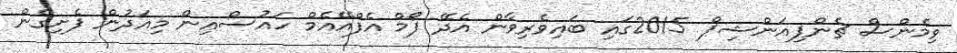
ވިމެންސް ޗެންޕިއަންޝިޕް 2015ގައި ބައިވެރިވާން އެދޭ ފޯމް އެފްއޭއެމް ހައުސްއިން މިއަދުން ފެށިގެން